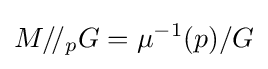
M/\!/_{p}G=\mu ^{-1}(p)/G